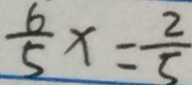
\frac { 6 } { 5 } x = \frac { 2 } { 5 }